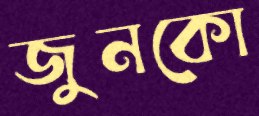
জুনকো